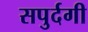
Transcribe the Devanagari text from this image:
सपुर्दगी